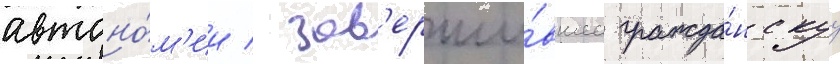
автоно́м'ии / зав'ерши́вшее гражда́нскуу